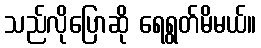
သည်လိုပြောဆို ရေရွတ်မိမယ်။